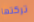
تركتها